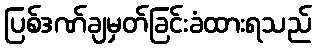
ပြစ်ဒဏ်ချမှတ်ခြင်းခံထားရသည်